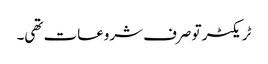
ٹریکٹر تو صرف شروعات تھی۔